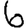
Digit: 6